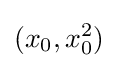
(x_{0},x_{0}^{2})